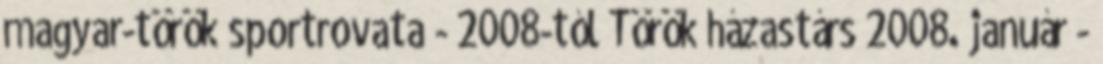
magyar-török sportrovata - 2008-tól Török házastárs 2008. január -